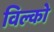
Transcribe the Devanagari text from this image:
विल्को